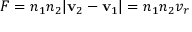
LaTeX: F = n _ { 1 } n _ { 2 } | \mathbf { v } _ { 2 } - \mathbf { v } _ { 1 } | = n _ { 1 } n _ { 2 } v _ { r }